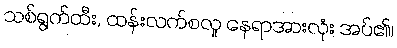
သစ်ရွက်ထီး, ထန်းလက်စလူ နေရာအားလုံး အပ်၏၊